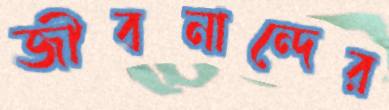
জীবনান্দের